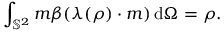
\int _ { \mathbb { S } ^ { 2 } } \boldsymbol { m } \beta ( \boldsymbol { \lambda } ( \boldsymbol { \rho } ) \cdot \boldsymbol { m } ) \, \mathrm { d } \Omega = \boldsymbol { \rho } .